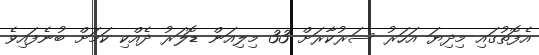
އެފޮތުގައި މިދިޔަ އަހަރު ސަރުކާރަށް 33 މިލިއަން ޑޮލަރު ދެއްކި ކަމަށް ބުނެފައިވެ